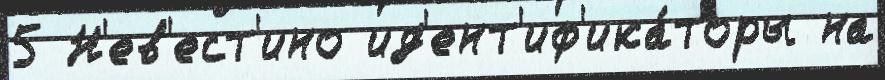
5 Н'ев'ест'ино ид'ент'иф'ика́торы на